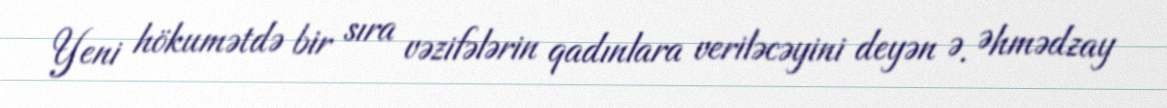
Yeni hökumətdə bir sıra vəzifələrin qadınlara veriləcəyini deyən Ə. Əhmədzay